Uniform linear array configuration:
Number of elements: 64
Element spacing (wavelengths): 1
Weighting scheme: cosine
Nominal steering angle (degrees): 45
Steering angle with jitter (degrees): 45.445
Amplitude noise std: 0.05
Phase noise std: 0.05

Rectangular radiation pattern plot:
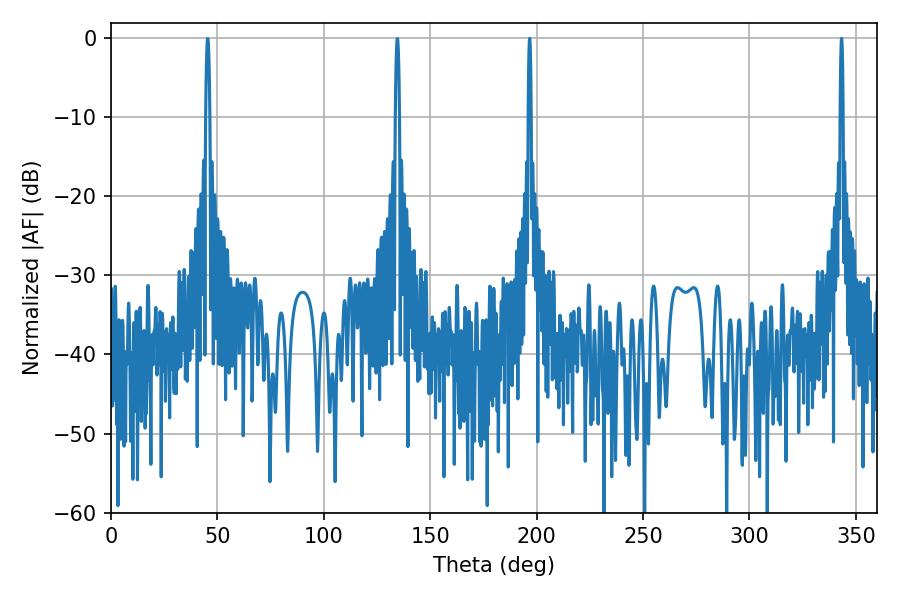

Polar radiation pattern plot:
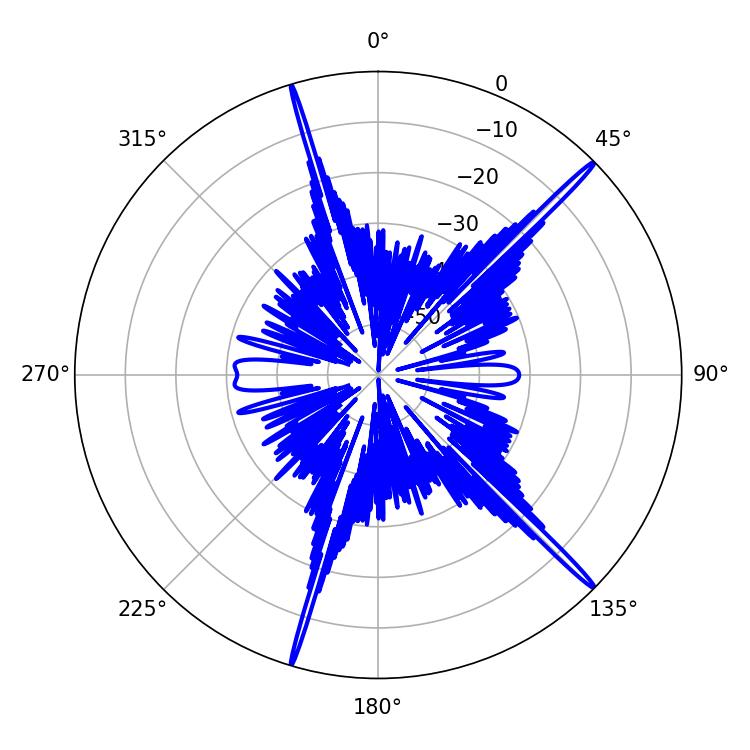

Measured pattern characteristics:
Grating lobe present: TRUE
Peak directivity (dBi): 19.482
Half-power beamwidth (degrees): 0.72
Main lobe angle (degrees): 343.26